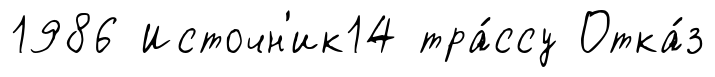
1986 Источн'ик14 тра́ссу Отка́з